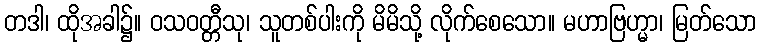
တဒါ၊ ထိုအခါ၌။ ဝသဝတ္တီသု၊ သူတစ်ပါးကို မိမိသို့ လိုက်စေသော။ မဟာဗြဟ္မာ၊ မြတ်သော